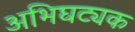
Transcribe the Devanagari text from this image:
अभिघट्यक